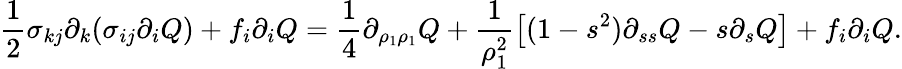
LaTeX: \frac{1}{2}\sigma_{kj}\partial_{k}(\sigma_{ij}\partial_{i}Q)+f_{i}\partial_{i}Q=\frac{1}{4}\partial_{\rho_{1}\rho_{1}}Q+\frac{1}{\rho_{1}^{2}}\left[(1-s^{2})\partial_{ss}Q-s\partial_{s}Q\right]+f_{i}\partial_{i}Q.